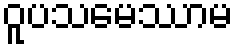
ဝူပသမေဿာမ